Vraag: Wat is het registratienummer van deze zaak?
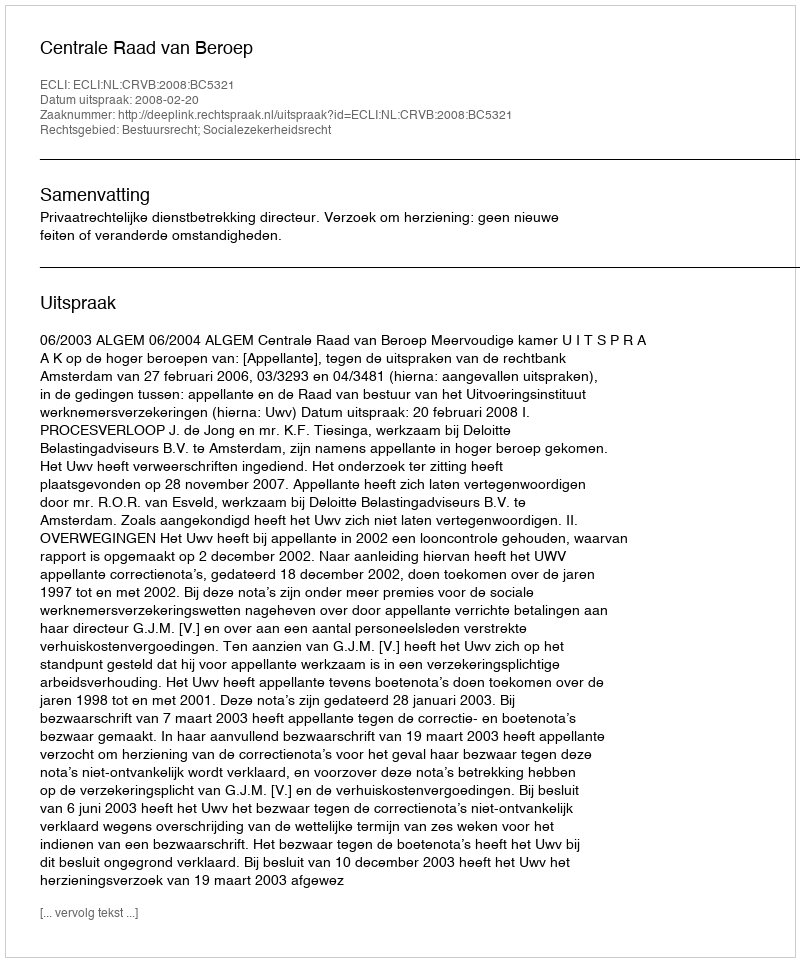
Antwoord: http://deeplink.rechtspraak.nl/uitspraak?id=ECLI:NL:CRVB:2008:BC5321